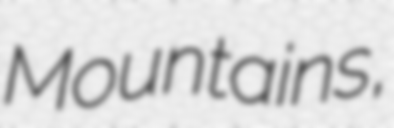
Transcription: Mountains,